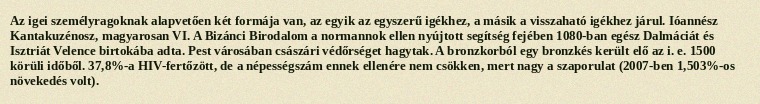
Az igei személyragoknak alapvetően két formája van, az egyik az egyszerű igékhez, a másik a visszaható igékhez járul. Ióannész Kantakuzénosz, magyarosan VI. A Bizánci Birodalom a normannok ellen nyújtott segítség fejében 1080-ban egész Dalmáciát és Isztriát Velence birtokába adta. Pest városában császári védőrséget hagytak. A bronzkorból egy bronzkés került elő az i. e. 1500 körüli időből. 37,8%-a HIV-fertőzött, de a népességszám ennek ellenére nem csökken, mert nagy a szaporulat (2007-ben 1,503%-os növekedés volt).